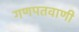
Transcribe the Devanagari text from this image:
गणपतवाणी